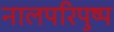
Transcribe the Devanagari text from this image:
नालपरिपुष्प